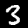
Label: 3